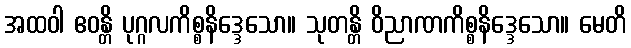
အထဝါ ဧဝန္တိ ပုဂ္ဂလကိစ္စနိဒ္ဒေသော။ သုတန္တိ ဝိညာဏကိစ္စနိဒ္ဒေသော။ မေတိ